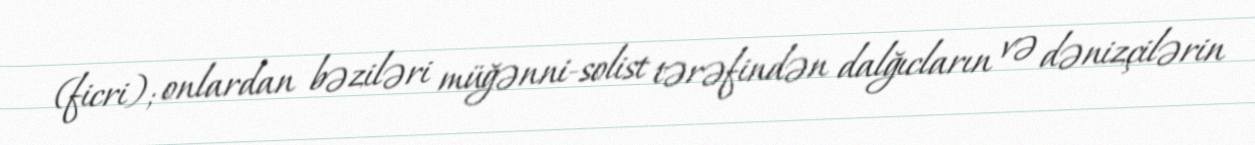
(ficri); onlardan bəziləri müğənni-solist tərəfindən dalğıcların və dənizçilərin